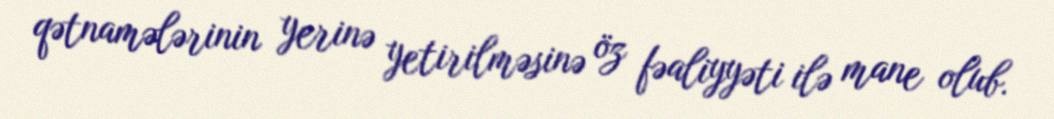
qətnamələrinin yerinə yetirilməsinə öz fəaliyyəti ilə mane olub.